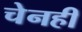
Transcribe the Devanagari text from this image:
चेनही